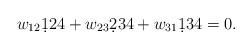
LaTeX: \begin{align*} w_{12} \d124 + w_{23} \d234 + w_{31} \d 134 = 0.\end{align*}